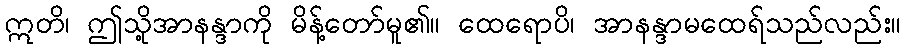
ဣတိ၊ ဤသို့အာနန္ဒာကို မိန့်တော်မူ၏။ ထေရောပိ၊ အာနန္ဒာမထေရ်သည်လည်း။